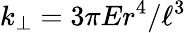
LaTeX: k_{\perp}=3\pi Er^{4}/\ell^{3}